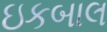
ઇકબાલ